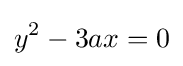
y^{2}-3ax=0